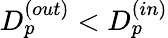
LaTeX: D_{p}^{(out)}<D_{p}^{(in)}